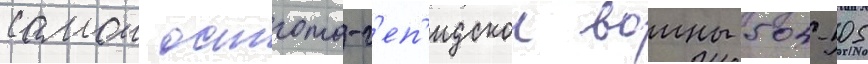
самои остгото-г'еп'идскои воины 504-505